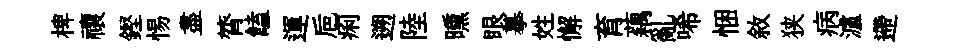
椑禳鏗惕盡膂饁運巵痢遡陸曛眼摹姓懈育藕亂唏悃敘狭病瀘遰